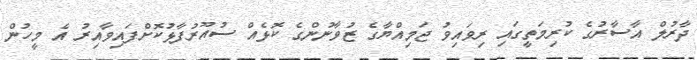
ދާރުލް އާސާރުގެ ކުރިމަތީގައި ރިވައިވު ޖަމިއްޔާގެ ޒުވާނުންގެ ކޮޅެއް ސުއޫރުފާޅުކޮށްފައިވާއިރު އެ މީހުން